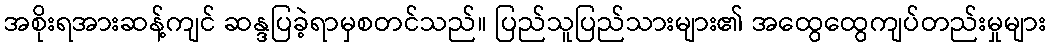
အစိုးရအားဆန့်ကျင် ဆန္ဒပြခဲ့ရာမှစတင်သည်။ ပြည်သူပြည်သားများ၏ အထွေထွေကျပ်တည်းမှုများ